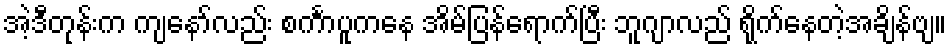
အဲ့ဒီတုန်းက ကျနော်လည်း စင်္ကာပူကနေ အိမ်ပြန်ရောက်ပြီး ဘူဂျာလည် ရိုက်နေတဲ့အချိန်ဗျ။